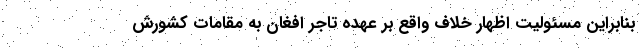
بنابراین مسئولیت اظهار خلاف واقع بر عهده تاجر افغان به مقامات کشورش